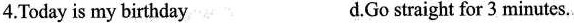
4.Today is my birthday d.Go straight for 3 minutes.